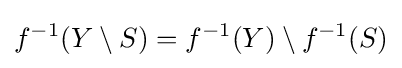
f^{-1}(Y\setminus S)=f^{-1}(Y)\setminus f^{-1}(S)